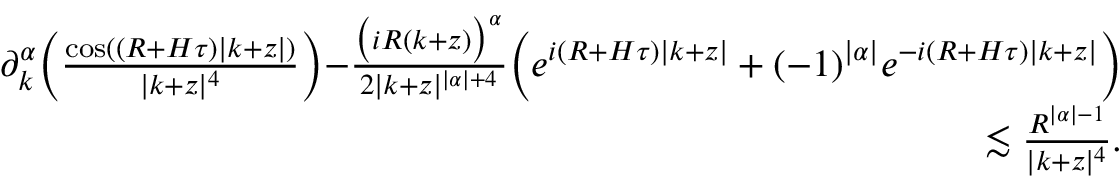
\begin{array} { r } { \partial _ { k } ^ { \alpha } \biggr ( \frac { \cos ( ( R + H \tau ) | k + z | ) } { | k + z | ^ { 4 } } \biggl ) - \frac { \bigr ( i R ( k + z ) \bigr ) ^ { \alpha } } { 2 | k + z | ^ { | \alpha | + 4 } } \biggr ( e ^ { i ( R + H \tau ) | k + z | } + ( - 1 ) ^ { | \alpha | } e ^ { - i ( R + H \tau ) | k + z | } \biggr ) } \\ { \lesssim \frac { R ^ { | \alpha | - 1 } } { | k + z | ^ { 4 } } . } \end{array}